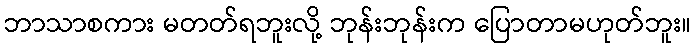
ဘာသာစကား မတတ်ရဘူးလို့ ဘုန်းဘုန်းက ပြောတာမဟုတ်ဘူး။